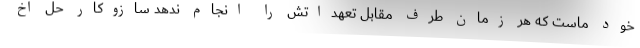
خود ماست که هر زمان طرف مقابل تعهداتش را انجام ندهد سازوکار حل اخ